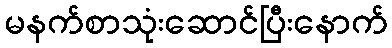
မနက်စာသုံးဆောင်ပြီးနောက်